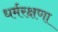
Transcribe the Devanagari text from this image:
धर्मरक्षणा